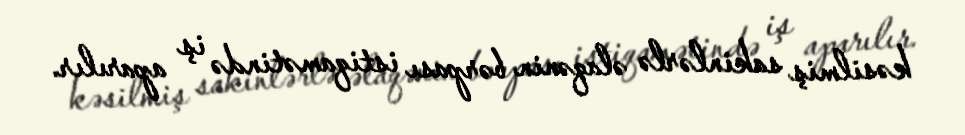
kəsilmiş sakinlərlə əlaqənin bərpası istiqamətində iş aparılır.